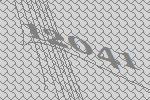
12041